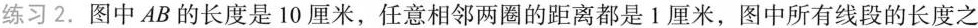
练习2. 图中AB的长度是10厘米，任意相邻两圈的距离都是1厘米，图中所有线段的长度之